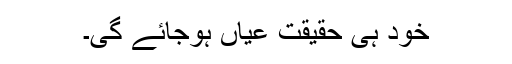
خود ہی حقیقت عیاں ہوجائے گی۔